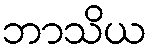
ဘာသိယ